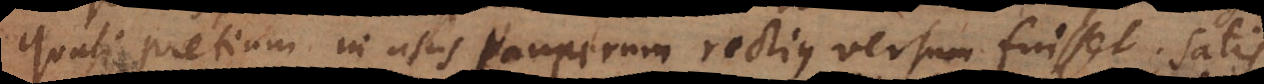
quasi pretium in usus pauperum rectius versum fuisset. Satis